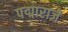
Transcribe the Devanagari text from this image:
पद्माराजे